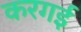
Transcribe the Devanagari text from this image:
करगई